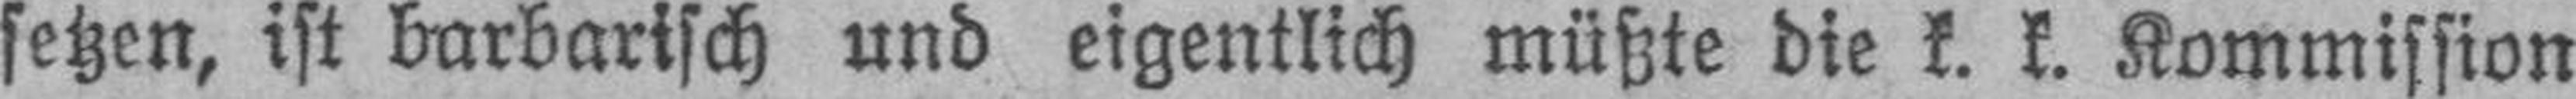
setzen, ist barbarisch und eigentlich müßte die k. k. Kommission